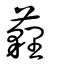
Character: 薶